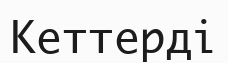
Кеттерді